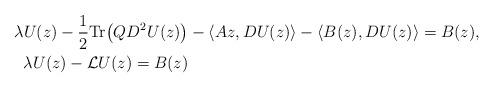
LaTeX: \begin{align*} & \lambda U (z) - \frac{1}{2} \mathrm{Tr} \big(Q D^2 U (z) \big) - \langle Az, DU(z)\rangle - \langle B(z), DU(z)\rangle = B(z), \\ & \;\; \lambda U (z) - {\mathcal L} U(z) = B(z) \end{align*}